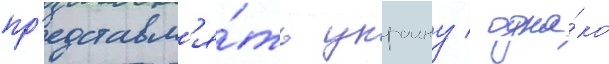
пр'едставл'я́ть украину / одна́ко